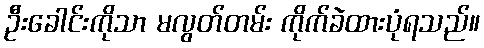
ဦးခေါင်းကိုသာ မလွတ်တမ်း ကိုက်ခဲထားပုံရသည်။